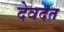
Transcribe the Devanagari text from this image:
देवदत